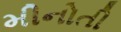
મીનોતી